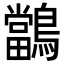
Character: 𪇁